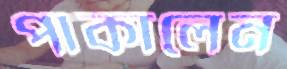
পাকালেন